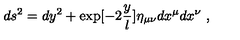
d s ^ { 2 } = d y ^ { 2 } + \exp [ - 2 { \frac { y } { l } } ] \eta _ { \mu \nu } d x ^ { \mu } d x ^ { \nu } \ ,